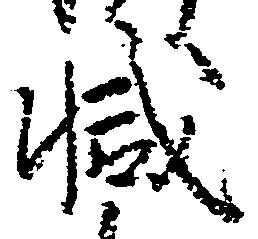
減